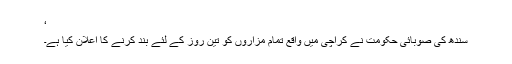
‘
سندھ کی صوبائی حکومت نے کراچی میں واقع تمام مزاروں کو تین روز کے لئے بند کرنے کا اعلان کیا ہے۔